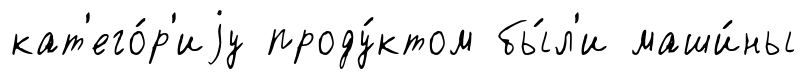
кат'его́р'иjу проду́ктом бы́л'и маши́ны